Scottish Certificate of Education, 1963
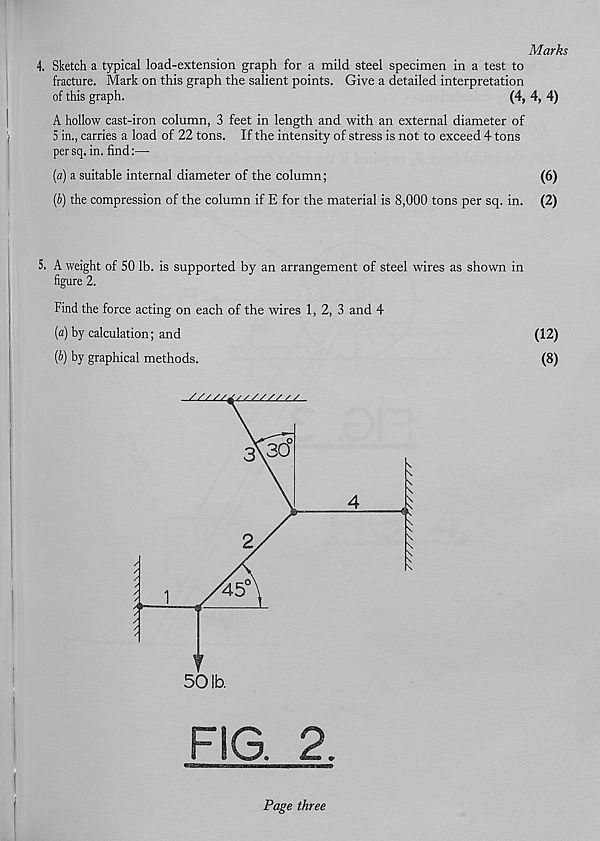
Marks
4. Sketch a typical load-extension graph for a mild steel specimen in a test to
fracture. Mark on this graph the salient points. Give a detailed interpretation
of this graph.
(4, 4, 4)
A hollow cast-iron column, 3 feet in length and with an external diameter of
5 in., carries a load of 22 tons. If the intensity of stress is not to exceed 4 tons
persq. in. find:—-
[a) a suitable internal diameter of the column;
(6)
(f>) the compression of the column if E for the material is 8,000 tons per sq. in. (2)
5. A weight of 50 lb. is supported by an arrangement of steel wires as shown in
figure 2.
Find the force acting on each of the wires 1, 2, 3 and 4
{a) by calculation; and
(12)
(b) by graphical methods.
(8)
1
Page three